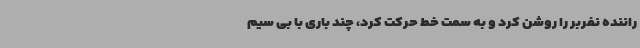
راننده نفربر را روشن کرد و به سمت خط حرکت کرد، چند باری با بی سیم